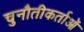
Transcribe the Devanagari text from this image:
चुनौतीकर्ताओं